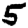
Digit: 5